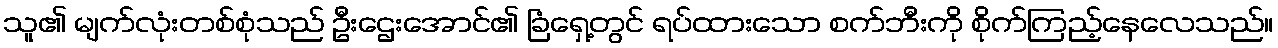
သူ၏ မျက်လုံးတစ်စုံသည် ဦးဌေးအောင်၏ ခြံရှေ့တွင် ရပ်ထားသော စက်ဘီးကို စိုက်ကြည့်နေလေသည်။